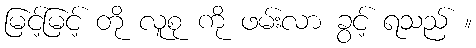
မြင့်မြင့် တို လူစု ကို ဖမ်းလာ ခွင့် ရသည် ။